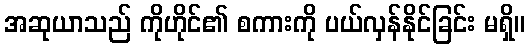
အဆုယာသည် ကိုဟိုင်၏ စကားကို ပယ်လှန်နိုင်ခြင်း မရှိ။